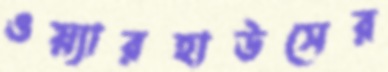
ওয়্যারহাউসের